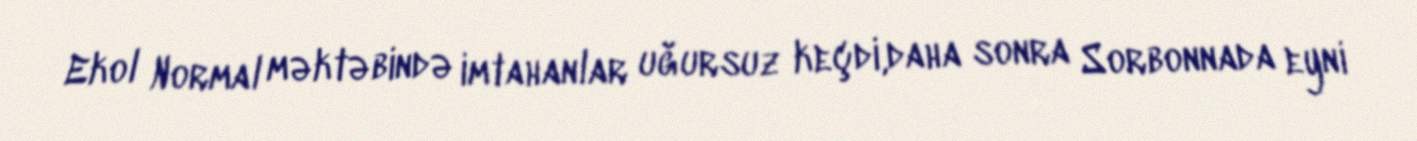
Ekol Normal məktəbində imtahanlar uğursuz keçdi,daha sonra Sorbonnada eyni